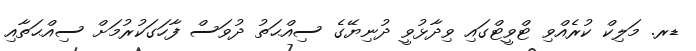
ޑރ. މަލިކް ކުރެއްވި ޓްވީޓްގައި ވިދާޅުވީ ދުނިޔޭގެ ސިއްޙަތު ދުވަސް ފާހަގަކުރުމަށް ސިއްޙަތާއި